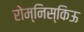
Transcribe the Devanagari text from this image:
रोम्निस्किऊ